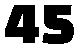
45